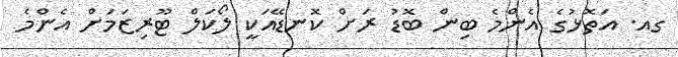
ގއ. އަތޮޅުގެ އެންމެ ބިން ބޮޑު ރަށް ކޮނޑޭއަކީ ލޯކަލް ޓޫރިޒަމަށް އެންމެ